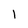
Character: l